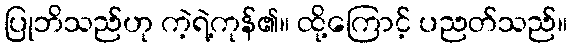
ပြုဘိသည်ဟု ကဲ့ရဲ့ကုန်၏။ ထို့ကြောင့် ပညတ်သည်။